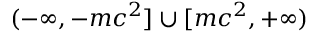
( - \infty , - m c ^ { 2 } ] \cup [ m c ^ { 2 } , + \infty )